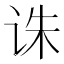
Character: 诛